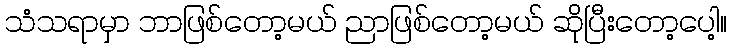
သံသရာမှာ ဘာဖြစ်တော့မယ် ညာဖြစ်တော့မယ် ဆိုပြီးတော့ပေါ့။